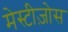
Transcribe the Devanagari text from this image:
मेस्टीज़ोस